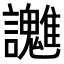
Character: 𧮓